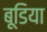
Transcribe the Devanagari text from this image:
बूडिया